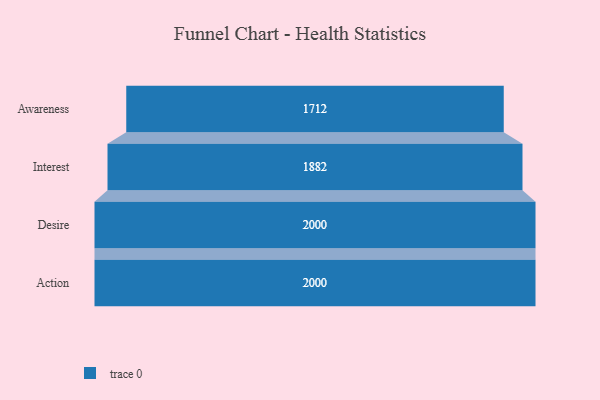
{"axis": {"x": "Stage", "y": "Value"}, "legend": [""], "data": [{"x": "Awareness", "y": 1712.0, "type": ""}, {"x": "Interest", "y": 1882.0, "type": ""}, {"x": "Desire", "y": 2000, "type": ""}, {"x": "Action", "y": 2000, "type": ""}]}